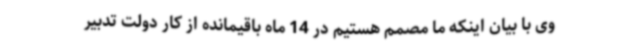
وی با بیان اینکه ما مصمم هستیم در 14 ماه باقیمانده از کار دولت تدبیر